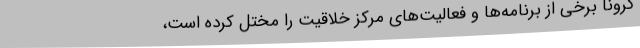
کرونا برخی از برنامه‌ها و فعالیت‌های مرکز خلاقیت را مختل کرده است،